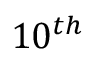
1 0 ^ { t h }